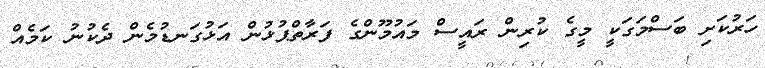
ހަރުކަށި ބަސްމަގަކީ މީގެ ކުރިން ރައީސް މައުމޫންގެ ފަރާތްޕުޅުން އަޅުގަނޑުމެން ދެކުނު ކަމެއް